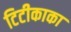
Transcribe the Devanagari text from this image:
टिटीकाका